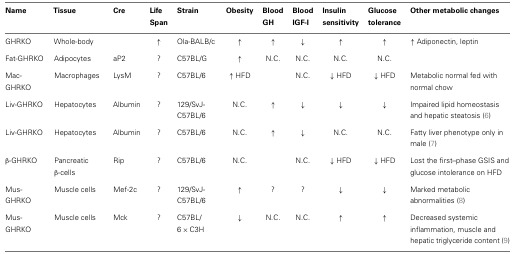
| Name | Tissue | Cre | Life Span | Strain | Obesity | Blood GH | Blood IGF-I | Insulin sensitivity | Glucose tolerance | Other metabolic changes |
 | --- | --- | --- | --- | --- | --- | --- | --- | --- | --- | --- |
 | GHRKO | Whole-body |  | ↑ | Ola-BALB/c | ↑ | ↑ | ↓ | ↑ | ↑ | ↑ Adiponectin, leptin |
 | Fat-GHRKO | Adipocytes | aP2 | ? | C57BL/G | ↑ | N.C. | N.C. | N.C. | N.C. |  |
 | Mac-GHRKO | Macrophages | LysM | ? | C57BL/6 | ↑HFD |  | N.C. | ↓HFD | ↓HFD | Metabolic normal fed with normal chow |
 | Liv-GHRKO | Hepatocytes | Albumin | ? | 129/SvJ-C57BL/6 | N.C. | ↑ | ↓ | ↓ | ↓ | Impaired lipid homeostasis and hepatic steatosis (6) |
 | Liv-GHRKO | Hepatocytes | Albumin | ? | C57BL/6 | N.C. | ↑ | ↓ | N.C. | N.C. | Fatty liver phenotype only in male (7) |
 | β-GHRKO | Pancreatic β-cells | Rip | ? | C57BL/6 | N.C. |  | N.C. | ↓HFD | ↓HFD | Lost the first–phase GSIS and glucose intolerance on HFD |
 | Mus-GHRKO | Muscle cells | Mef-2c | ? | 129/SvJ-C57BL/6 | ↑ | ? | ? | ↓ | ↓ | Marked metabolic abnormalities (8) |
 | Mus-GHRKO | Muscle cells | Mck | ? | C57BL/6 × C3H | ↓ | N.C. | N.C. | ↑ | ↑ | Decreased systemic inflammation, muscle and hepatic triglyceride content (9) |